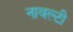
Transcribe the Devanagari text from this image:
नावल्‍टी